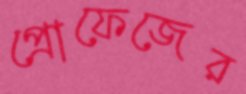
প্রোফেজের